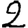
Digit: 2